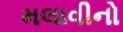
મલાવીનો